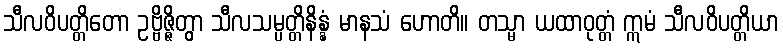
သီလဝိပတ္တိတော ဥဗ္ဗိဇ္ဇိတွာ သီလသမ္ပတ္တိနိန္နံ မာနသံ ဟောတိ။ တသ္မာ ယထာဝုတ္တံ ဣမံ သီလဝိပတ္တိယာ